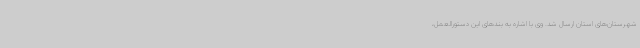
شهرستان‌های استان ارسال شد. وی با اشاره به بندهای این دستورالعمل،